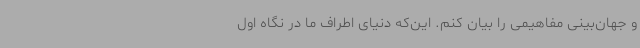
و جهان‌بینی مفاهیمی را بیان کنم. این‌که دنیای اطراف ما در نگاه اول